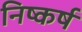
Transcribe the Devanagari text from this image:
निष्कर्षं